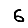
Digit: 6